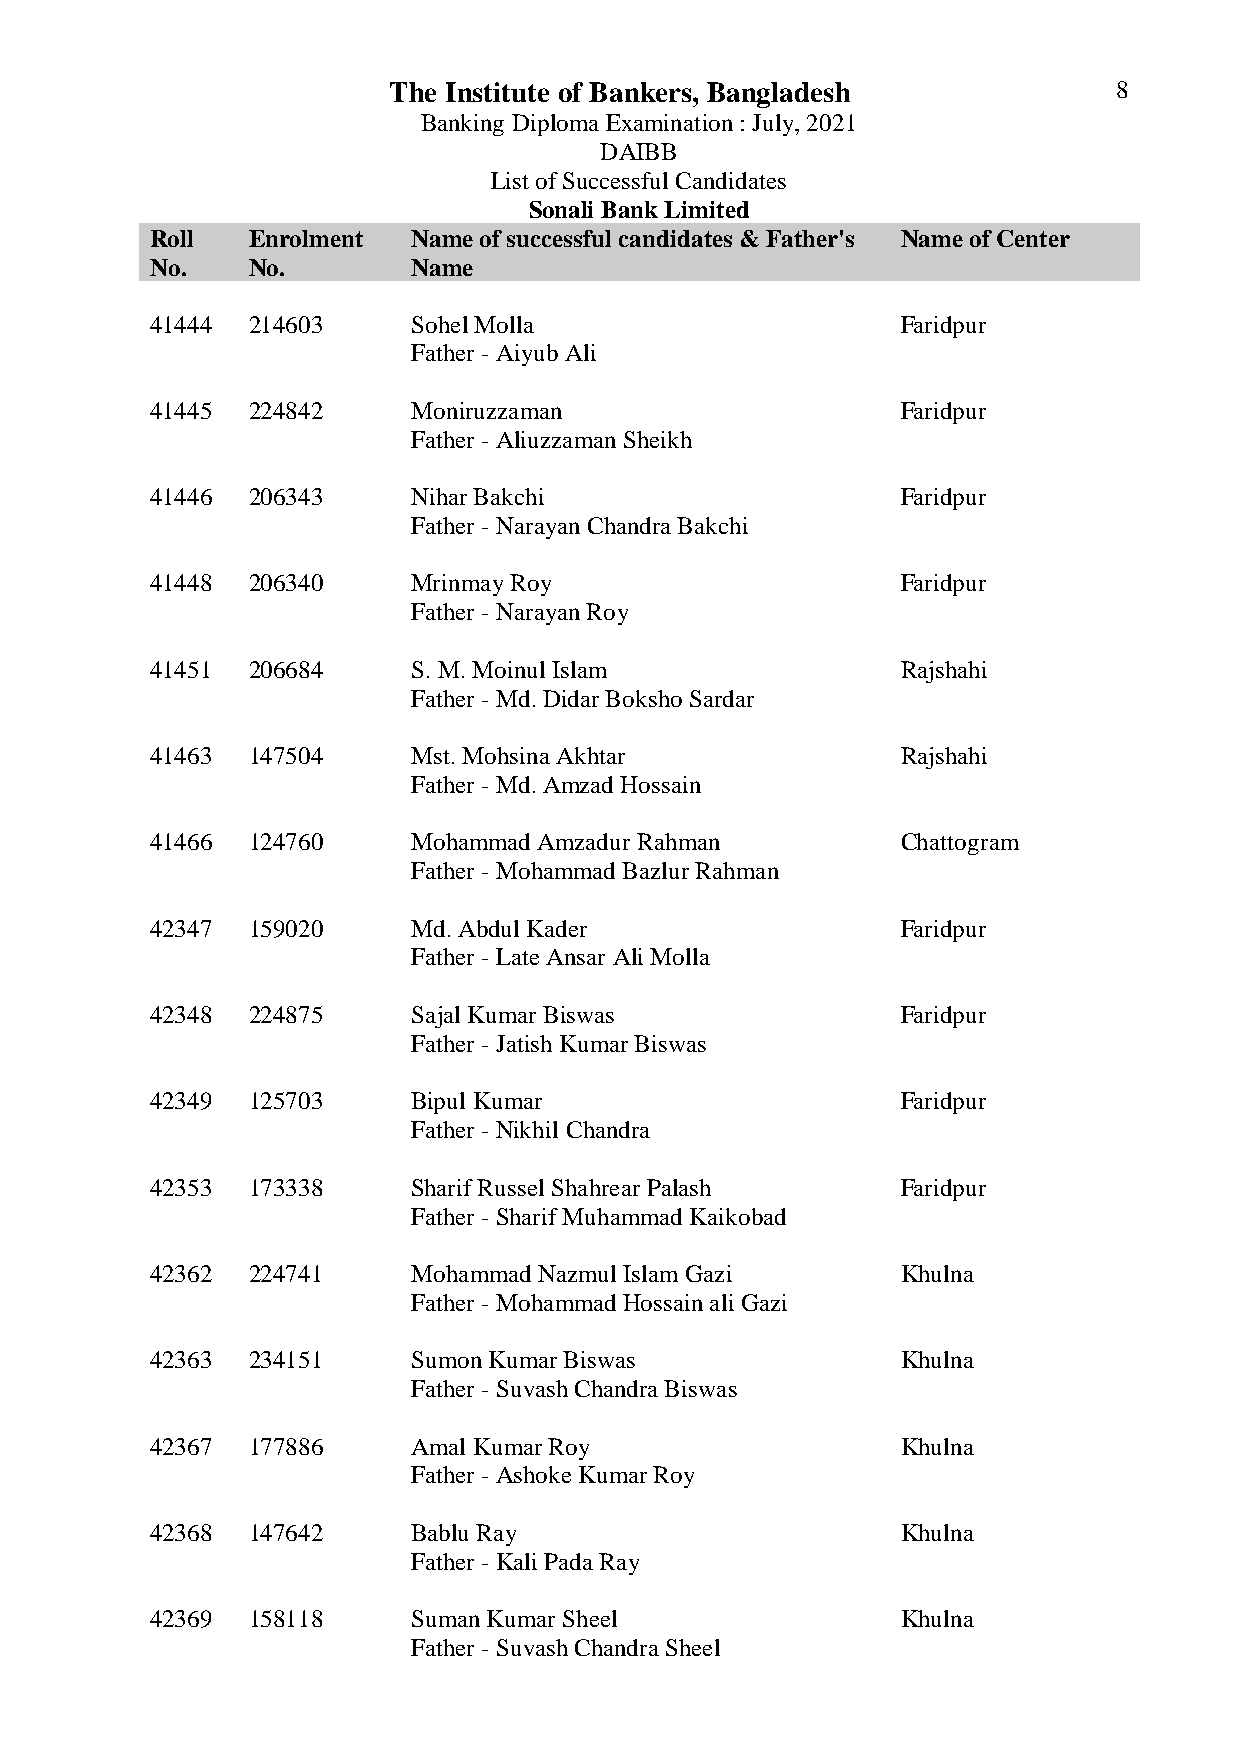
The Institute of Bankers, Bangladesh            8
 Banking Diploma Examination : July, 2021
 DAIBB
 List of Successful Candidates
 Sonali Bank Limited
 Roll  Enrolment  Name of successful candidates & Father's Name of Center
 No.   No.        Name
 41444 214603     Sohel Molla                      Faridpur
 Father - Aiyub Ali
 41445 224842     Moniruzzaman                     Faridpur
 Father - Aliuzzaman Sheikh
 41446 206343     Nihar Bakchi                     Faridpur
 Father - Narayan Chandra Bakchi
 41448 206340     Mrinmay Roy                      Faridpur
 Father - Narayan Roy
 41451 206684     S. M. Moinul Islam               Rajshahi
 Father - Md. Didar Boksho Sardar
 41463 147504     Mst. Mohsina Akhtar              Rajshahi
 Father - Md. Amzad Hossain
 41466 124760     Mohammad Amzadur Rahman          Chattogram
 Father - Mohammad Bazlur Rahman
 42347 159020     Md. Abdul Kader                  Faridpur
 Father - Late Ansar Ali Molla
 42348 224875     Sajal Kumar Biswas               Faridpur
 Father - Jatish Kumar Biswas
 42349 125703     Bipul Kumar                      Faridpur
 Father - Nikhil Chandra
 42353 173338     Sharif Russel Shahrear Palash    Faridpur
 Father - Sharif Muhammad Kaikobad
 42362 224741     Mohammad Nazmul Islam Gazi       Khulna
 Father - Mohammad Hossain ali Gazi
 42363 234151     Sumon Kumar Biswas               Khulna
 Father - Suvash Chandra Biswas
 42367 177886     Amal Kumar Roy                   Khulna
 Father - Ashoke Kumar Roy
 42368 147642     Bablu Ray                        Khulna
 Father - Kali Pada Ray
 42369 158118     Suman Kumar Sheel                Khulna
 Father - Suvash Chandra Sheel